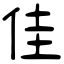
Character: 佳